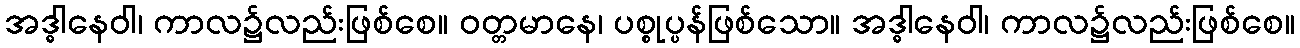
အဒ္ဓါနေဝါ၊ ကာလ၌လည်းဖြစ်စေ။ ဝတ္တမာနေ၊ ပစ္စုပ္ပန်ဖြစ်သော။ အဒ္ဓါနေဝါ၊ ကာလ၌လည်းဖြစ်စေ။